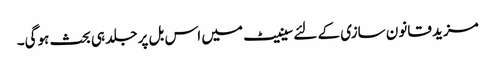
مزید قانون سازی کے لئےسینیٹ میں اس بل پر جلد ہی بحث ہوگی۔